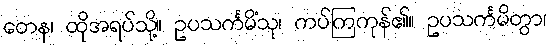
တေန၊ ထိုအရပ်သို့။ ဥပသင်္ကမိံသု၊ ကပ်ကြကုန်၏။ ဥပသင်္ကမိတွာ၊